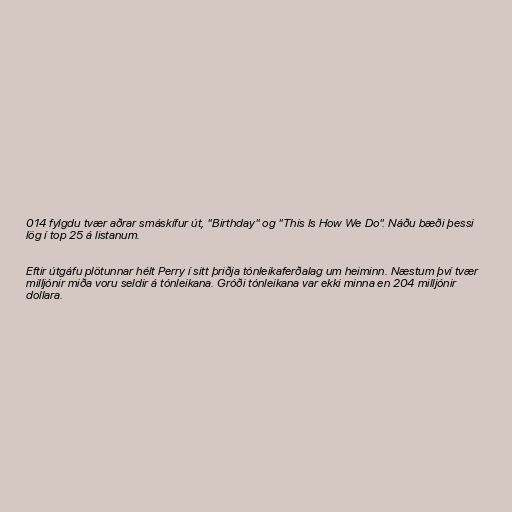
014 fylgdu tvær aðrar smáskífur út, "Birthday" og "This Is How We Do". Náðu bæði þessi
lög í top 25 á listanum.

Eftir útgáfu plötunnar hélt Perry í sitt þriðja tónleikaferðalag um heiminn. Næstum því tvær
milljónir miða voru seldir á tónleikana. Gróði tónleikana var ekki minna en 204 milljónir
dollara.